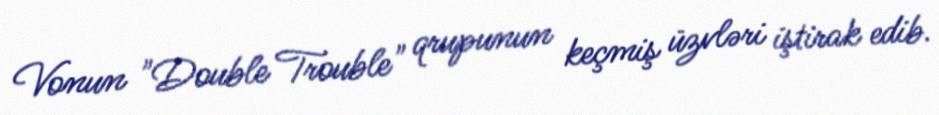
Vonun "Double Trouble" qrupunun keçmiş üzvləri iştirak edib.